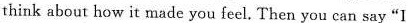
think about how it made you feel. Then you can say “I